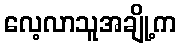
လေ့လာသူအချို့က